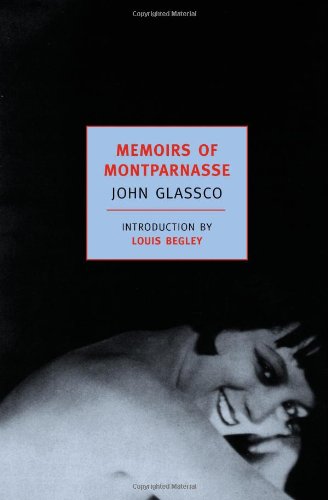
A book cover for Memoirs of Montparnasse (New York Review Books Classics); John Glassco; Biographies & Memoirs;